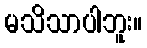
မသိသာပါဘူး။